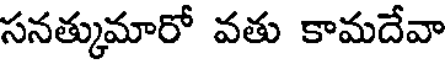
సనత్కుమారో వతు కామదేవా